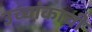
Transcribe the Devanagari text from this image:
उच्चांकाची